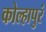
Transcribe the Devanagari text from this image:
कोल्हापुरं